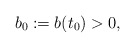
\begin{align*}b_{0}:=b(t_{0})>0,\end{align*}